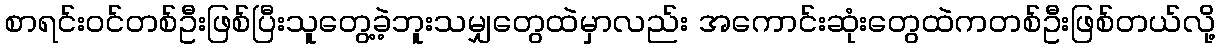
စာရင်းဝင်တစ်ဦးဖြစ်ပြီးသူတွေ့ခဲ့ဘူးသမျှတွေထဲမှာလည်း အကောင်းဆုံးတွေထဲကတစ်ဦးဖြစ်တယ်လို့